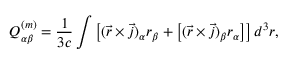
Q _ { \alpha \beta } ^ { ( m ) } = \frac { 1 } { 3 c } \int \left[ ( \vec { r } \times \vec { j } ) _ { \alpha } r _ { \beta } + \left[ ( \vec { r } \times \vec { j } ) _ { \beta } r _ { \alpha } \right] \right] d ^ { 3 } r ,